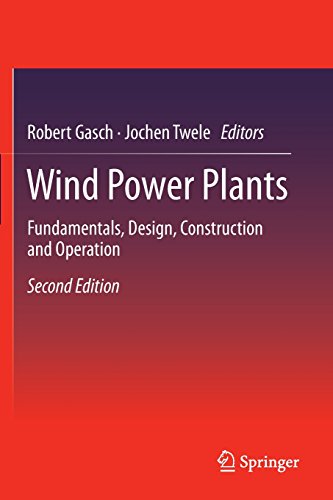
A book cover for Wind Power Plants: Fundamentals, Design, Construction and Operation; Engineering & Transportation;